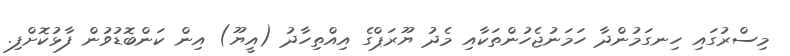
މިސްރުގައި ހިނގަމުންދާ ހަމަނުޖެހުންތަކާއި މެދު ޔޫރަޕްގެ އިއްތިހާދު (އީޔޫ) އިން ކަންބޮޑުވުން ފާޅުކޮށްފި.